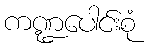
ကဏ္ဍပေါင်းစုံ